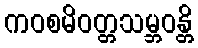
ကဝစမိဝတ္တသမ္ဘဝန္တိ